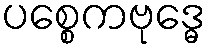
ပစ္စေကဗုဒ္ဓေ